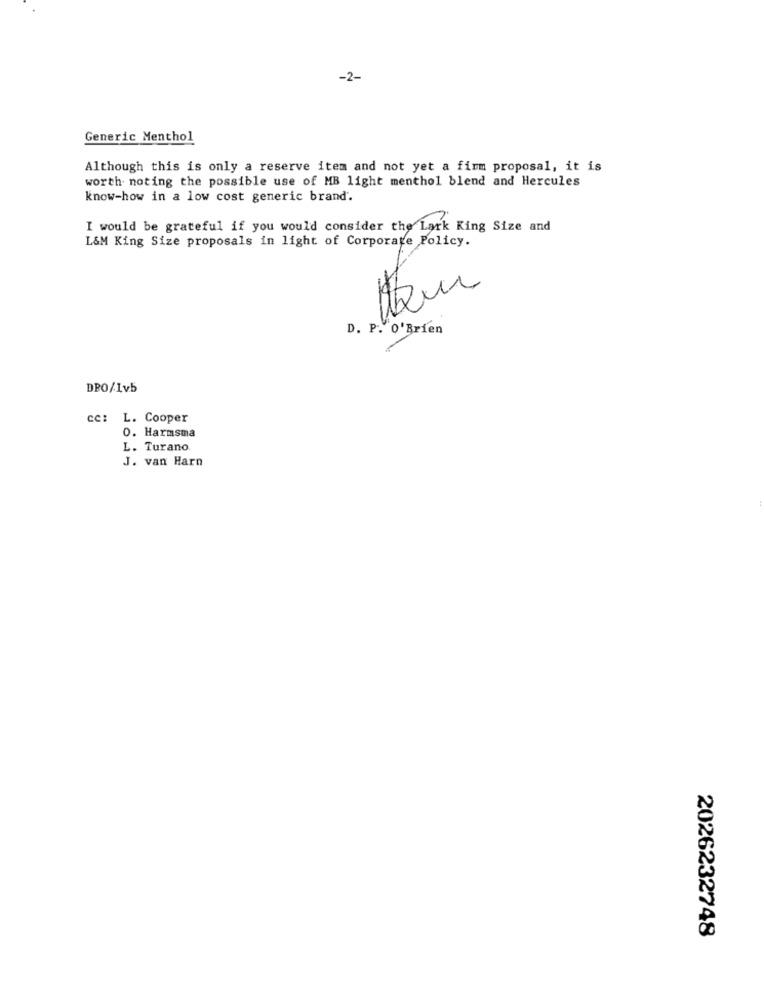
-2-
Generic Menthol
Although this is only a reserve item and not yet a firm proposal, it is
worth noting the possible use of MB light menthol blend and Hercules
know-how in a low cost generic brand.
I would be grateful if you would consider the Lark King Size and
L&M King Size proposals in light of Corporate Policy.
D. P. O'Brien
DBO/Ivb
cc: L. Cooper
o. Harmsma
L. Turano
J. van Harn
2026232748